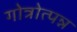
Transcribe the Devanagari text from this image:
गोत्रोत्पन्न